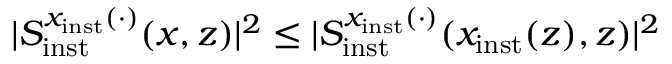
\vert S _ { \mathrm { i n s t } } ^ { x _ { \mathrm { i n s t } } ( \cdot ) } ( x , z ) \vert ^ { 2 } \le \vert S _ { \mathrm { i n s t } } ^ { x _ { \mathrm { i n s t } } ( \cdot ) } ( x _ { \mathrm { i n s t } } ( z ) , z ) \vert ^ { 2 }